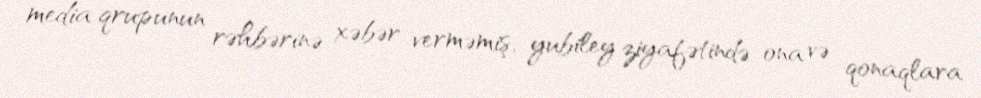
media qrupunun rəhbərinə xəbər verməmiş, yubiley ziyafətində ona və qonaqlara